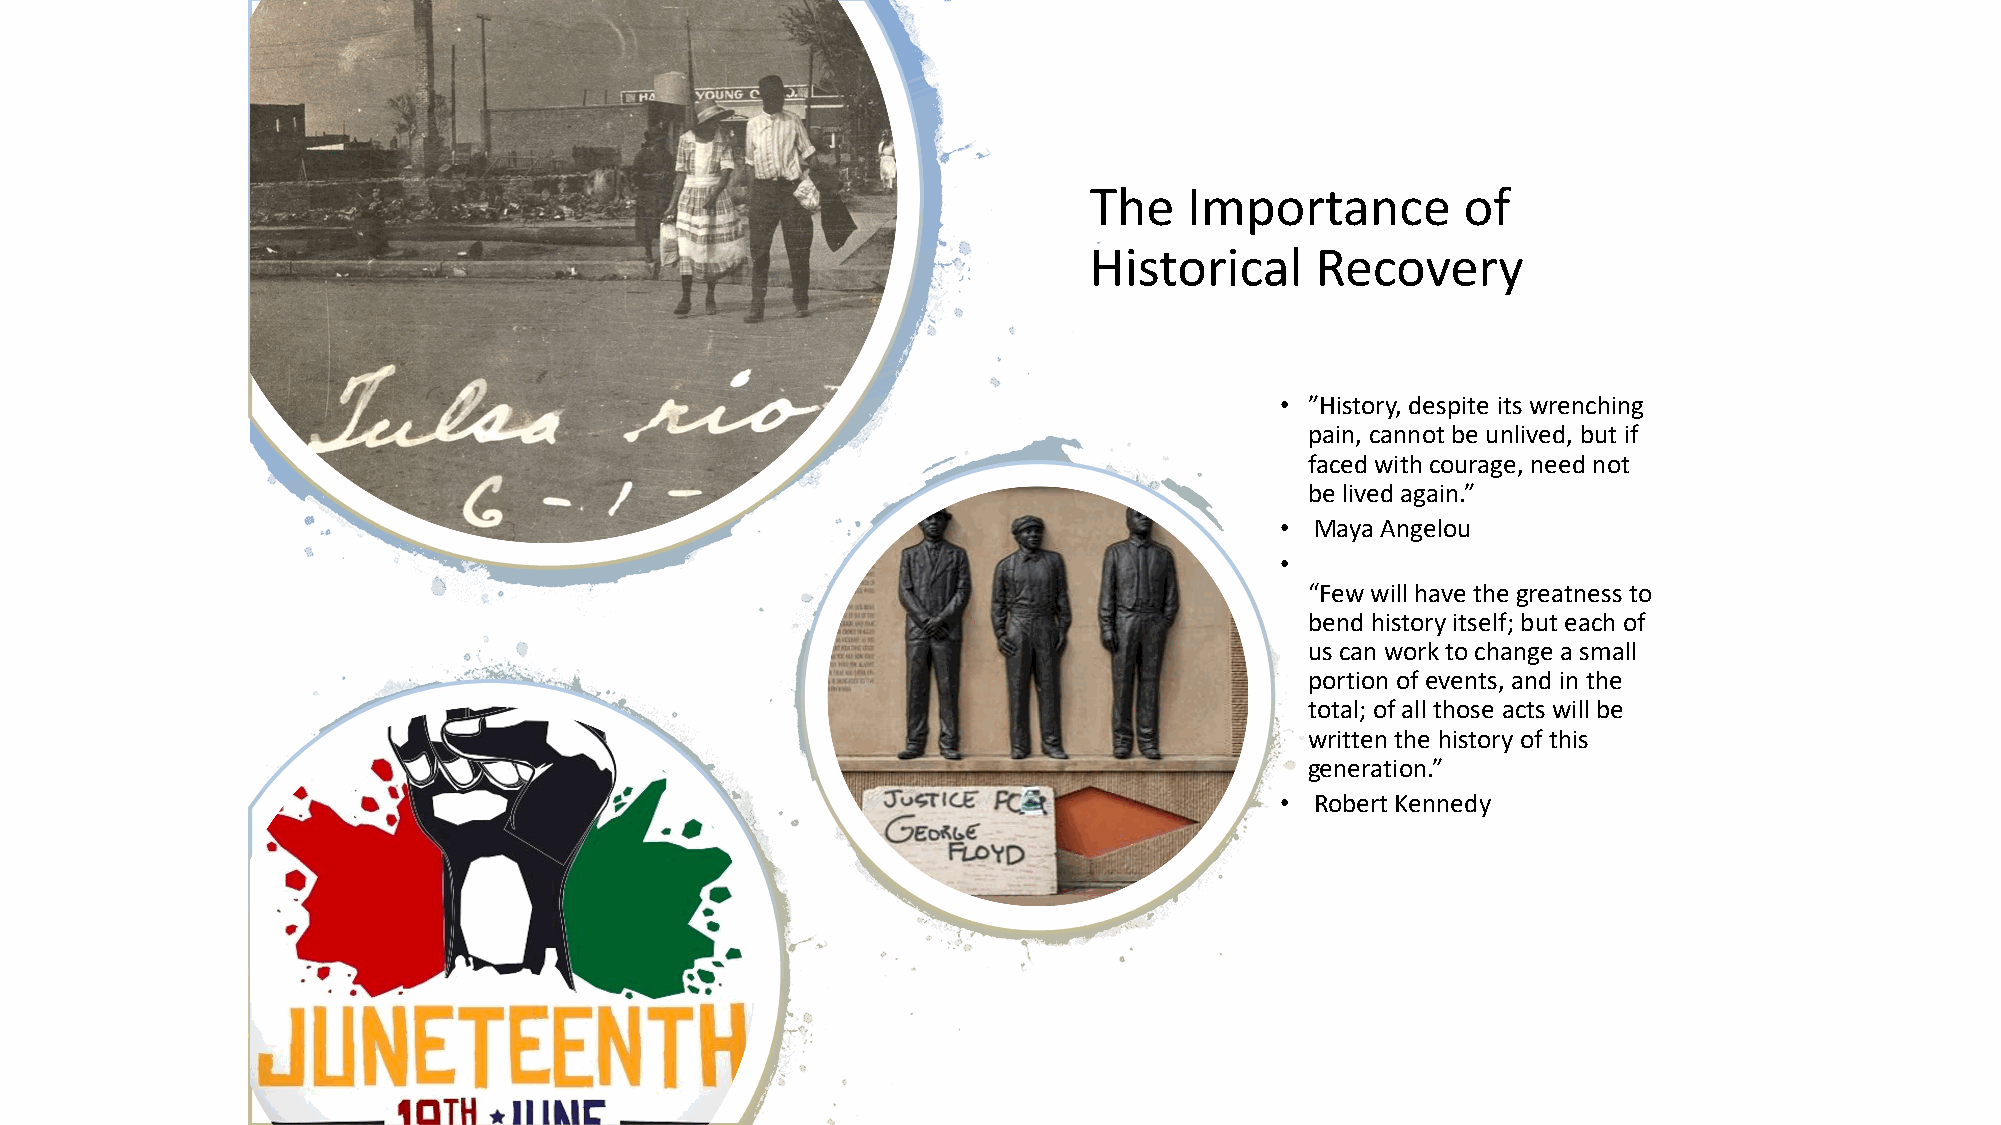
The    Importance        of
 Historical     Recovery
 • ”History, despite its wrenching
 pain, cannot be unlived, but if
 faced with courage, need not
 be lived again.”
 • Maya Angelou
 •
 “Few will have the greatness to
 bend history itself; but each of
 us can work to change a small
 portion of events, and in the
 total; of all those acts will be
 written the history of this
 generation.”
 • Robert Kennedy